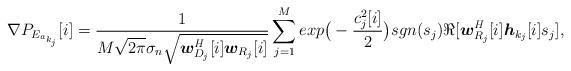
LaTeX: \begin{align*} \nabla P_{E_{a_{k_j}}}[i] = \frac{1}{M\sqrt{2\pi}\sigma_{n}\sqrt{{\boldsymbol w}^\emph{H}_{D_j}[i]{\boldsymbol w}_{R_j}[i]}}\sum^{M}_{j=1}exp\big(-\frac{c^2_j[i]}{2}\big)sgn(s_j)\Re[{\boldsymbol w}^\emph{H}_{R_j}[i]{\boldsymbol h}_{k_j}[i]s_j],\end{align*}